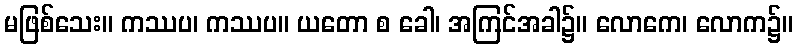
မဖြစ်သေး။ ကဿပ၊ ကဿပ။ ယတော စ ခေါ၊ အကြင်အခါ၌။ လောကေ၊ လောက၌။